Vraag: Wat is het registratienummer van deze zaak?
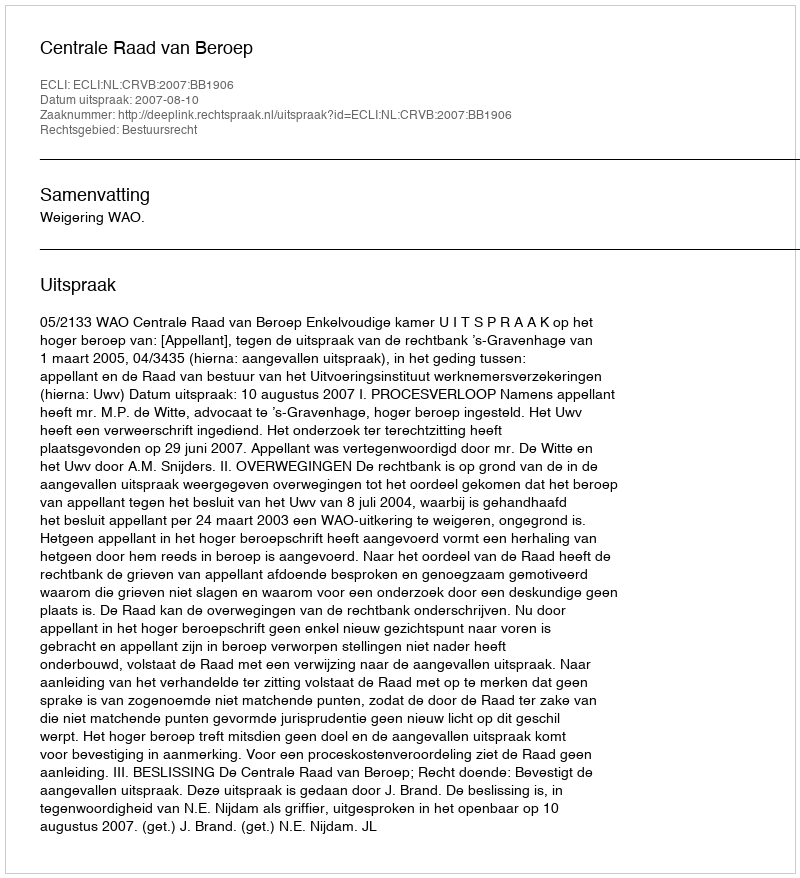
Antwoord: http://deeplink.rechtspraak.nl/uitspraak?id=ECLI:NL:CRVB:2007:BB1906